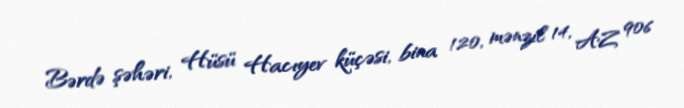
Bərdə şəhəri, Hüsü Hacıyev küçəsi, bina 120, mənzil 14, AZ 906